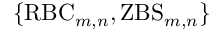
\{ \mathrm { R B C } _ { m , n } , \mathrm { Z B S } _ { m , n } \}